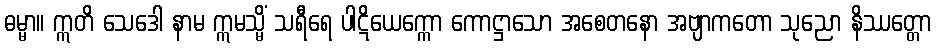
ဓမ္မာ။ ဣတိ သေဒေါ နာမ ဣမသ္မိံ သရီရေ ပါဋိယေက္ကော ကောဋ္ဌာသော အစေတနော အဗျာကတော သုညော နိဿတ္တော